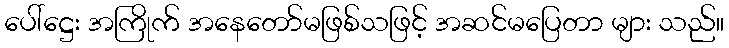
ပေါ်ဋ္ဌေး အကြိုက် အနေတော်မဖြစ်သဖြင့် အဆင်မပြေတာ များ သည်။